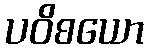
ပဝိစယော